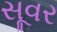
સૂવર